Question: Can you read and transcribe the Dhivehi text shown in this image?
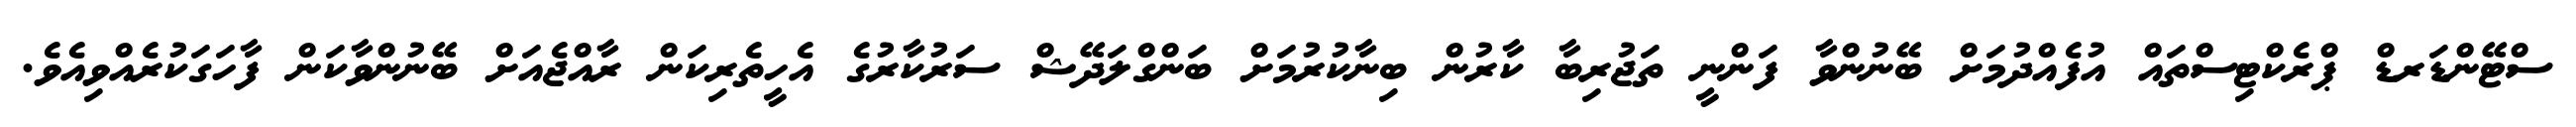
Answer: ސްޓޭންޑަރޑް ޕްރެކްޓިސްތައް އުފެއްދުމަށް ބޭނުންވާ ފަންނީ ތަޖުރިބާ ކާރުން ބިނާކުރުމަށް ބަންގްލަދޭޝް ސަރުކާރުގެ އެހީތެރިކަން ރާއްޖެއަށް ބޭނުންވާކަން ފާހަގަކުރެއްވިއެވެ.